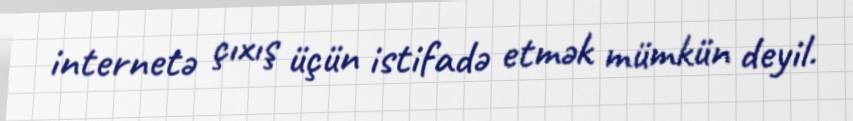
internetə çıxış üçün istifadə etmək mümkün deyil.